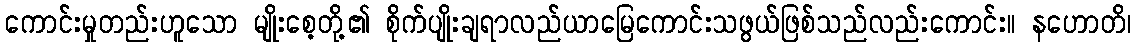
ကောင်းမှုတည်းဟူသော မျိုးစေ့တို့၏ စိုက်ပျိုးချရာလည်ယာမြေကောင်းသဖွယ်ဖြစ်သည်လည်းကောင်း။ နဟောတိ၊